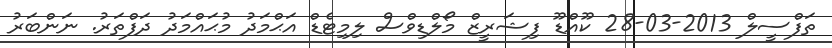
ތަފްސީލް 2013-03-28 ކޫއްޑޫ ފިޝަރީޒް މޯލްޑިވްސް ލިމިޓެޑް އަޙްމަދު މުޙައްމަދު ދަފްތަރު. ނަންބަރު